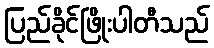
ပြည်ခိုင်ဖြိုးပါတီသည်